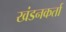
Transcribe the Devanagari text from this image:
खंडनकर्ता